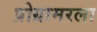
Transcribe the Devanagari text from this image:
प्रोग्रामरला